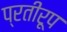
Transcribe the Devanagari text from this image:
प्रतीरूप